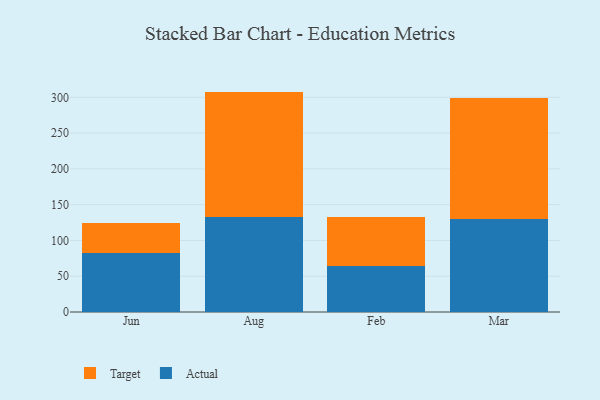
{"axis": {"x": "Month", "y": "Headcount"}, "legend": ["Actual", "Target"], "data": [{"x": "Jun", "y": 82.7, "type": "Actual"}, {"x": "Jun", "y": 41.7, "type": "Target"}, {"x": "Aug", "y": 132.4, "type": "Actual"}, {"x": "Aug", "y": 175.6, "type": "Target"}, {"x": "Feb", "y": 64.8, "type": "Actual"}, {"x": "Feb", "y": 68.1, "type": "Target"}, {"x": "Mar", "y": 130.4, "type": "Actual"}, {"x": "Mar", "y": 168.3, "type": "Target"}]}